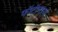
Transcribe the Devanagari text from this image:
फॉटॉनच्या